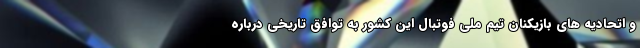
و اتحادیه های بازیکنان تیم ملی فوتبال این کشور به توافق تاریخی درباره